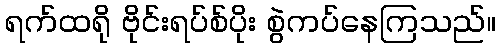
ရက်ထရို ဗိုင်းရပ်စ်ပိုး စွဲကပ်နေကြသည်။